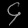
Digit: ၄